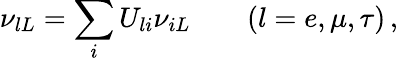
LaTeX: \nu_{lL}=\sum_{i}U_{li}\nu_{iL}\qquad(l=e,\mu,\tau)\, ,